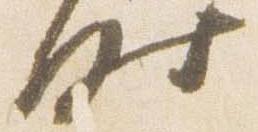
時